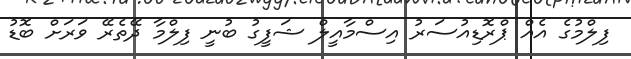
ފިލްމުގެ އެއް ޕްރޮޑިއުސަރު އިސްމާއީލް ޝަފީގު ބުނީ ފިލްމާ ދޭތެރޭ ވަރަށް ބޮޑު